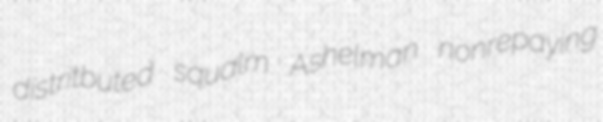
distritbuted squalm Ashelman nonrepaying